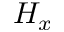
H _ { x }